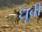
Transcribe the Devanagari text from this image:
धूबी